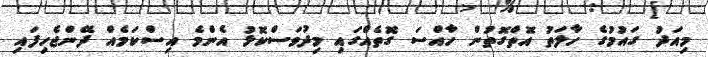
މިއަދު ގައުމުގެ ހާލަތު އޮތްގޮތުން ހާއްސަ ގޮތެއްގައި މިދުވަސްކޮޅު އެންމެ އިސްކަމެއް ދޭންޖެހިފައި